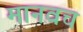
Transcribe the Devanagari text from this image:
मानवच